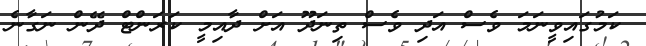
ކަމުގައިވީނަމަ ވެސް އަދި ވެސް ތިނަދޫ އަށް ދާއިމީ ކަރަންޓް ދޭން ނަގާނެ